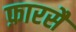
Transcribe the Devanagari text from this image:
फ़ारसै